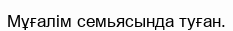
Мұғалім семьясында туған.